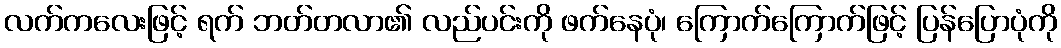
လက်ကလေးဖြင့် ရက် ဘတ်တလာ၏ လည်ပင်းကို ဖက်နေပုံ၊ ကြောက်ကြောက်ဖြင့် ပြန်ပြောပုံကို